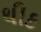
થીક